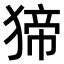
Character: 𤟾